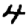
Digit: 4